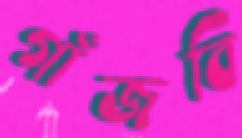
গাঁজবি